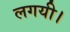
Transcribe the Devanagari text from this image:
लगयी।